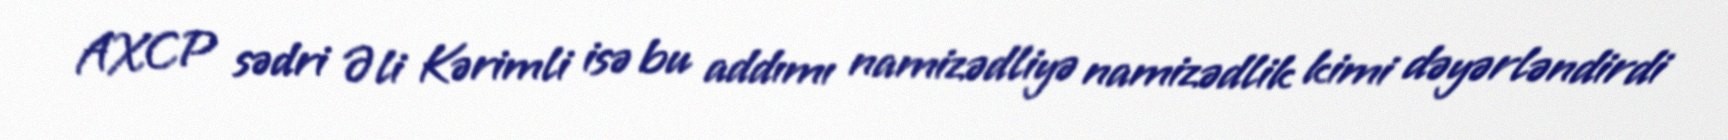
AXCP sədri Əli Kərimli isə bu addımı namizədliyə namizədlik kimi dəyərləndirdi